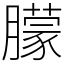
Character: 朦